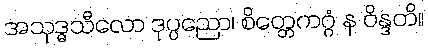
အသုဒ္ဓသီလော ဒုပ္ပညော၊ စိတ္တေကဂ္ဂံ န ဝိန္ဒတိ။